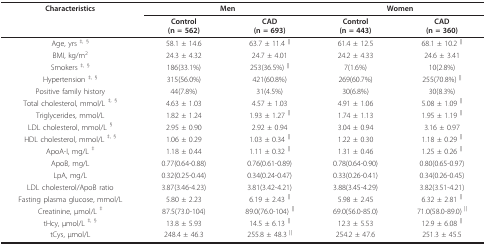
<table><thead><tr><td><b>Characteristics</b></td><td colspan="2"><b>Men</b></td><td colspan="2"><b>Women</b></td></tr><tr><td></td><td><b>Control(n = 562)</b></td><td><b>CAD(n = 693)</b></td><td><b>Control(n = 443)</b></td><td><b>CAD(n = 360)</b></td></tr></thead><tbody><tr><td>Age, yrs <sup>‡, §</sup></td><td>58.1 ± 14.6</td><td>63.7 ± 11.4 <sup>||</sup></td><td>61.4 ± 12.5</td><td>68.1 ± 10.2 <sup>||</sup></td></tr><tr><td>BMI, kg/m<sup>2</sup></td><td>24.3 ± 4.32</td><td>24.7 ± 4.01</td><td>24.2 ± 4.33</td><td>24.6 ± 3.41</td></tr><tr><td>Smokers <sup>‡, §</sup></td><td>186(33.1%)</td><td>253(36.5%) <sup>||</sup></td><td>7(1.6%)</td><td>10(2.8%)</td></tr><tr><td>Hypertension <sup>‡, §</sup></td><td>315(56.0%)</td><td>421(60.8%)</td><td>269(60.7%)</td><td>255(70.8%) <sup>||</sup></td></tr><tr><td>Positive family history</td><td>44(7.8%)</td><td>31(4.5%)</td><td>30(6.8%)</td><td>30(8.3%)</td></tr><tr><td>Total cholesterol, mmol/L <sup>‡, §</sup></td><td>4.63 ± 1.03</td><td>4.57 ± 1.03</td><td>4.91 ± 1.06</td><td>5.08 ± 1.09 <sup>||</sup></td></tr><tr><td>Triglycerides, mmol/L</td><td>1.82 ± 1.24</td><td>1.93 ± 1.27 <sup>||</sup></td><td>1.74 ± 1.13</td><td>1.95 ± 1.19 <sup>||</sup></td></tr><tr><td>LDL cholesterol, mmol/L <sup>§</sup></td><td>2.95 ± 0.90</td><td>2.92 ± 0.94</td><td>3.04 ± 0.94</td><td>3.16 ± 0.97</td></tr><tr><td>HDL cholesterol, mmol/L <sup>‡, §</sup></td><td>1.06 ± 0.29</td><td>1.03 ± 0.34 <sup>||</sup></td><td>1.22 ± 0.30</td><td>1.18 ± 0.29 <sup>||</sup></td></tr><tr><td>ApoA-I, mg/L <sup>‡</sup></td><td>1.18 ± 0.44</td><td>1.11 ± 0.32 <sup>|| </sup></td><td>1.31 ± 0.46</td><td>1.25 ± 0.26 <sup>||</sup></td></tr><tr><td>ApoB, mg/L</td><td>0.77(0.64-0.88)</td><td>0.76(0.61-0.89)</td><td>0.78(0.64-0.90)</td><td>0.80(0.65-0.97)</td></tr><tr><td>LpA, mg/L</td><td>0.32(0.25-0.44)</td><td>0.34(0.24-0.47)</td><td>0.33(0.26-0.41)</td><td>0.34(0.26-0.45)</td></tr><tr><td>LDL cholesterol/ApoB ratio</td><td>3.87(3.46-4.23)</td><td>3.81(3.42-4.21)</td><td>3.88(3.45-4.29)</td><td>3.82(3.51-4.21)</td></tr><tr><td>Fasting plasma glucose, mmol/L</td><td>5.80 ± 2.23</td><td>6.19 ± 2.43 <sup>||</sup></td><td>5.98 ± 2.45</td><td>6.32 ± 2.81 <sup>||</sup></td></tr><tr><td>Creatinine, μmol/L <sup>‡</sup></td><td>87.5(73.0-104)</td><td>89.0(76.0-104) <sup>||</sup></td><td>69.0(56.0-85.0)</td><td>71.0(58.0-89.0) <sup>||</sup></td></tr><tr><td>tHcy, μmol/L <sup>‡, §</sup></td><td>13.8 ± 5.93</td><td>14.5 ± 6.13 <sup>||</sup></td><td>12.3 ± 5.53</td><td>12.9 ± 6.08 <sup>||</sup></td></tr><tr><td>tCys, μmol/L</td><td>248.4 ± 46.3</td><td>255.8 ± 48.3 <sup>||</sup></td><td>254.2 ± 47.6</td><td>251.3 ± 45.5</td></tr></tbody></table>